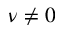
\nu \neq 0